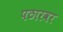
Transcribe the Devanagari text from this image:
पठारवर